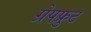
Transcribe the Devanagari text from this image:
ग्रेपफ्रुट